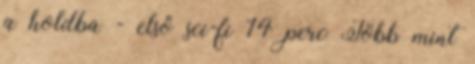
a holdba - első sci-fi 14 perc Több mint